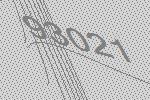
93021